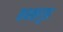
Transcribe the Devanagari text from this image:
कथकगुरू